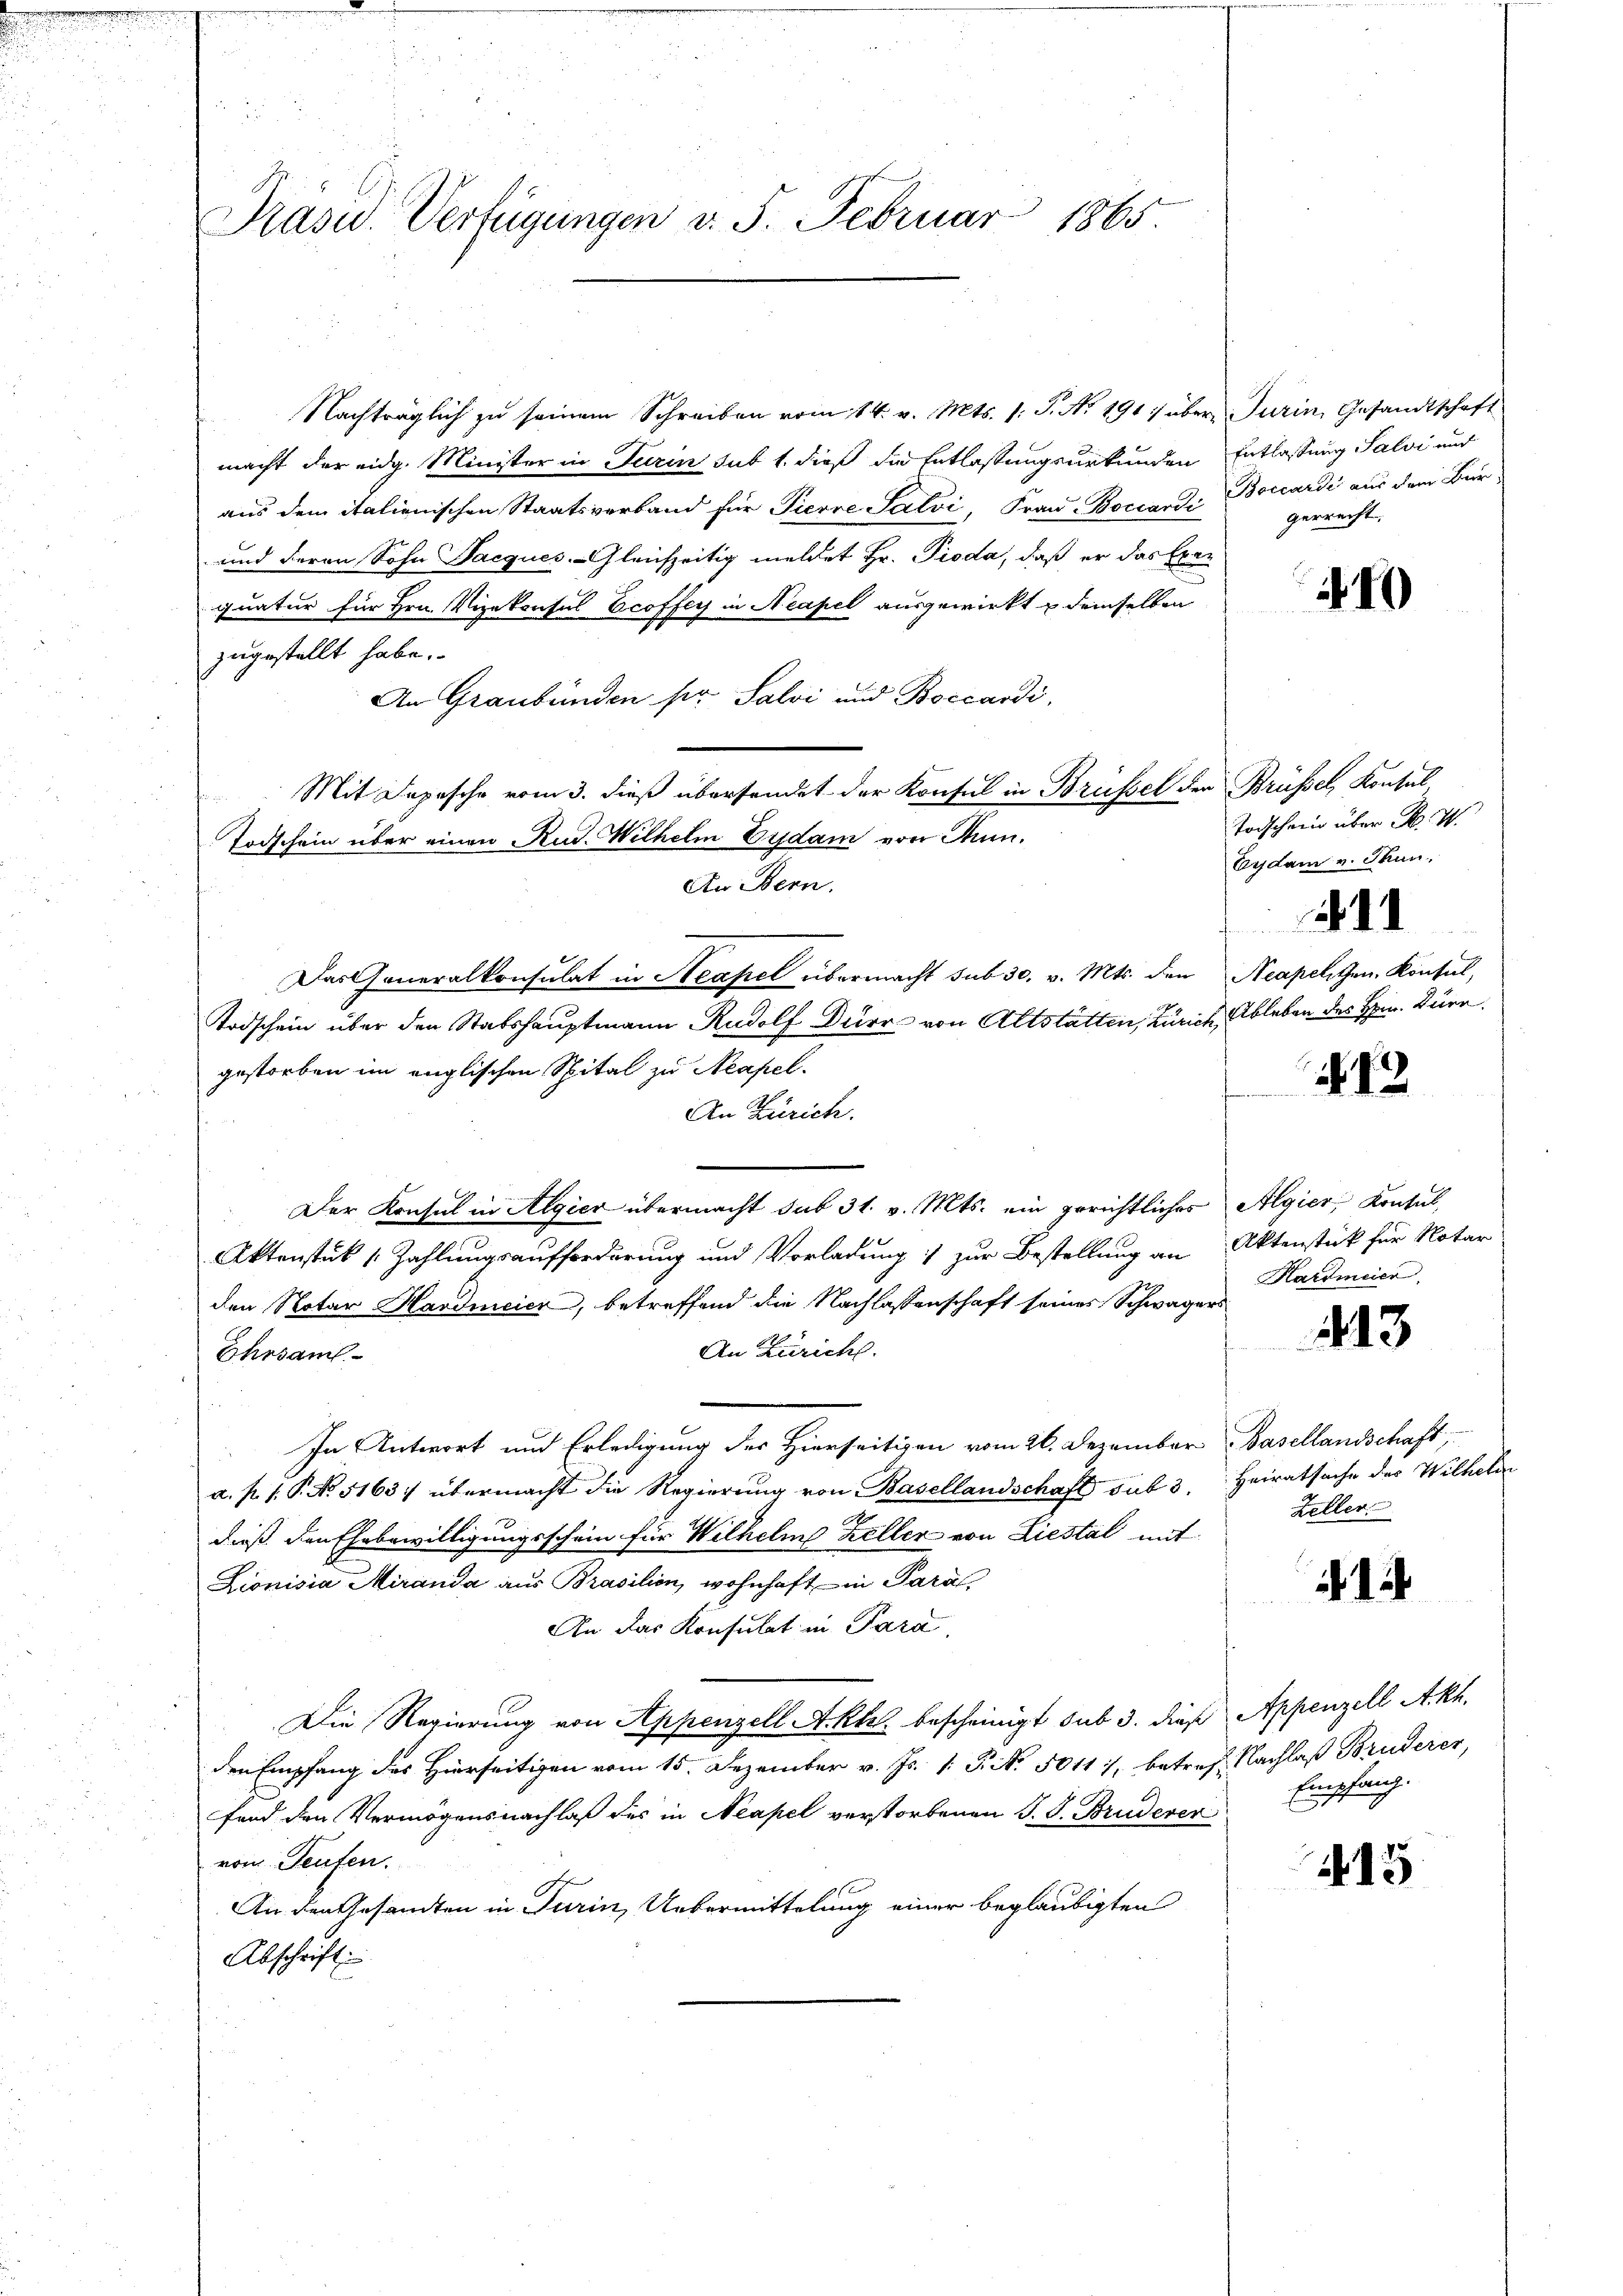
u
Präsid. Verfügungen v. 5. Februar 1865

Nachträglich zu seinem Schreiben vom 14. v. Mts. s. S. Nr. 1917 über Turin, Gesandtschaft
macht der eidg. Minister in Turin sub 1. dieß die Entlassungsurkunden Entlassung Salvi und
aus dem italienischen Staatsverband für Pierre Salvi, Frau Boccarde Boccardi aus dem Bur¬
und deren Sohn Jacques Gleichzeitig meldet Hr. Pioda, daß er das bere
quatur für Hrn. Vizekonsul Ecoffer in Neapel ausgewirkt u demselben
zugestellt habe.
An Graubünden pr. Salvi und Boccardi,
Mit Depesche vom 3. dieß übersendet der Konsul in Brüssel der Brüssel, Konsul
Todschein über einen Rud. Wilhelm Eydam von Thun.
An Bern.
Dasseneralkonsulat in Neapel übermacht sub 30. v. Mts. den Neapelthen Konsul,
Todschein über den Stabshauptmann Rudolf Dürr von Altstätten, Zürich, Ableben des Hrn. Bäre
gestorben im englischen Spital zu Neapel.
An Zürich.
Der Konsul in Algier übermacht sub 31. v. Mts. ein gerichtliches Algier Kontul,
Aktenstük (: Zahlungsaufforderung und Vorladung :/ zur Bestellung an Aktenstück für Notar
den Notar Hardmeier, betreffend die Nachlassenschaft seines Schwagers
An Zürich.
Ehrsaml
In Antwort und Erledigung der Hierseitigen vom 26. Dezember Basellandschaft,
a. p. 1. P. No. 5163 übermacht die Regierung von Basellandschaft sub 3. Heiratsache des Wilhelin
dieß den Ehebewilligungsschein für Wilhelm Keller von Liestal mit
Lionisia Miranda aus Brasilien, wohnhaft in Paral
An das Konsulat in Para
Die Regierung von Appenzell Akt bescheinigt sub 3. diese Appenzell Akh.
den Empfang des Hierseitigen vom 15. Dezember v. Js. 1. P. Nr. 5011/, betreff Nachlaß Bruderer,
fend den Vermögensnachlaß des in Neapel verstorbenen J. J. Bruderer
vom Teufen.
An den Gesamten in Turin, Uebermittelung einer beglaubigten
Abschrift:

gerrecht.

19

Todschein über N. 4
Eydam v. Thun,
211

12

Hardmeier

443

Zeller

i di

Empfang.

415